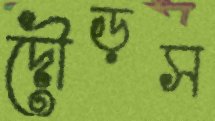
দৌড়স